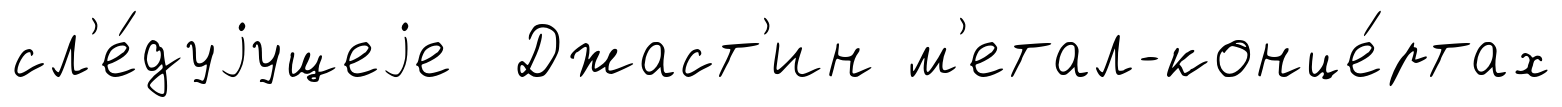
сл'е́дуjущеjе Джаст'ин м'етал-конце́ртах